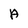
Character: A